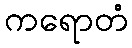
ကရောတံ